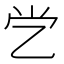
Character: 𰀶